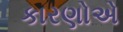
કારણોએ